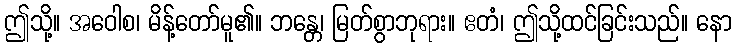
ဤသို့။ အဝေါစ၊ မိန့်တော်မူ၏။ ဘန္တေ၊ မြတ်စွာဘုရား။ ဧတံ၊ ဤသို့ထင်ခြင်းသည်။ နော